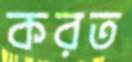
করত